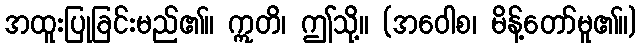
အထူးပြုခြင်းမည်၏။ ဣတိ၊ ဤသို့။ (အဝေါစ၊ မိန့်တော်မူ၏။)